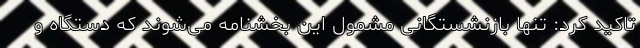
تاکید کرد: تنها بازنشستگانی مشمول این بخشنامه می‌شوند که دستگاه و